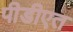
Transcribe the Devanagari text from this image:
पीडीएत